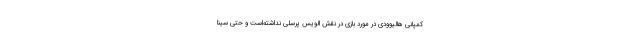
کمپانی هالیوودی در مورد بازی در نقش الویس پرسلی نداشته‌است و حتی سینا